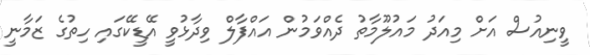
ވީނިއުސް އަށް މިއަދު މައުލޫމާތު ދެއްވަމުން އައްފާލް ވިދާޅުވީ އޭޑީކޭގައި ހިތުގެ ޒަމާނީ